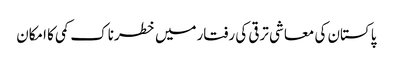
پاکستان کی معاشی ترقی کی رفتارمیں خطرناک کمی کا امکان